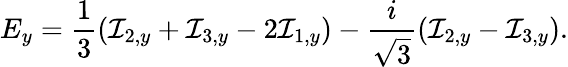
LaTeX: E_{y}=\frac{1}{3}(\mathcal{I}_{2,y}+\mathcal{I}_{3,y}-2\mathcal{I}_{1,y})-\frac{i}{\sqrt{3}}(\mathcal{I}_{2,y}-\mathcal{I}_{3,y}).